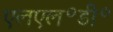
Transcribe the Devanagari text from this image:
एलएल॰डी॰